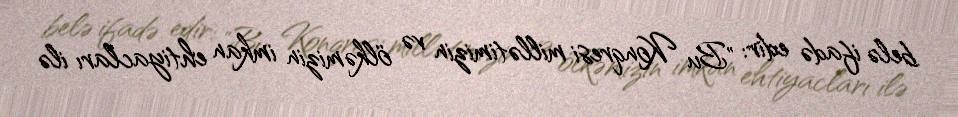
belə ifadə edir: "Bu Konqresi millətimizin və ölkəmizin imkan ehtiyacları ilə